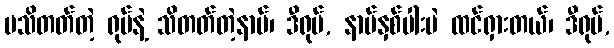
မသိတတ်တဲ့ ရုပ်နဲ့ သိတတ်တဲ့နာမ်၊ ဒီရုပ်, နာမ်နှစ်ပါးပဲ ထင်ရှားတယ်၊ ဒီရုပ်,